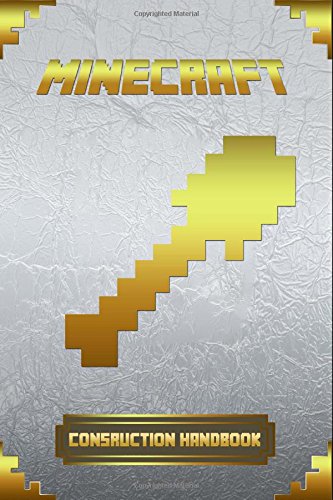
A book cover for Construction Handbook for Minecraft: Ultimate Collector's Edition. (Minecraft Construction Handbook); Minecraft Books; Children's Books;